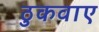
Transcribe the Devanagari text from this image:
ठुकवाए